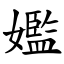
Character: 㜮